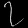
Digit: ၇